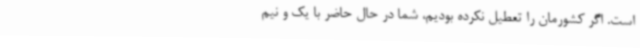
است. اگر کشورمان را تعطیل نکرده بودیم، شما در حال حاضر با یک و نیم